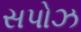
સપોઝ